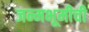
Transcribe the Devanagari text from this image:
जन्मभूमीची